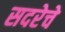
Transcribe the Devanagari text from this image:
सदरेचे